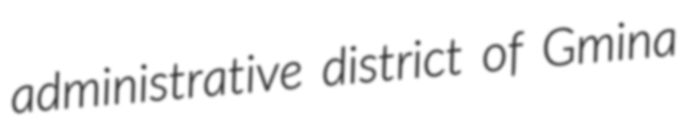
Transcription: administrative district of Gmina